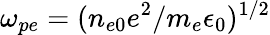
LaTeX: \omega_{pe}=(n_{e0}e^{2}/m_{e}\epsilon_{0})^{1/2}